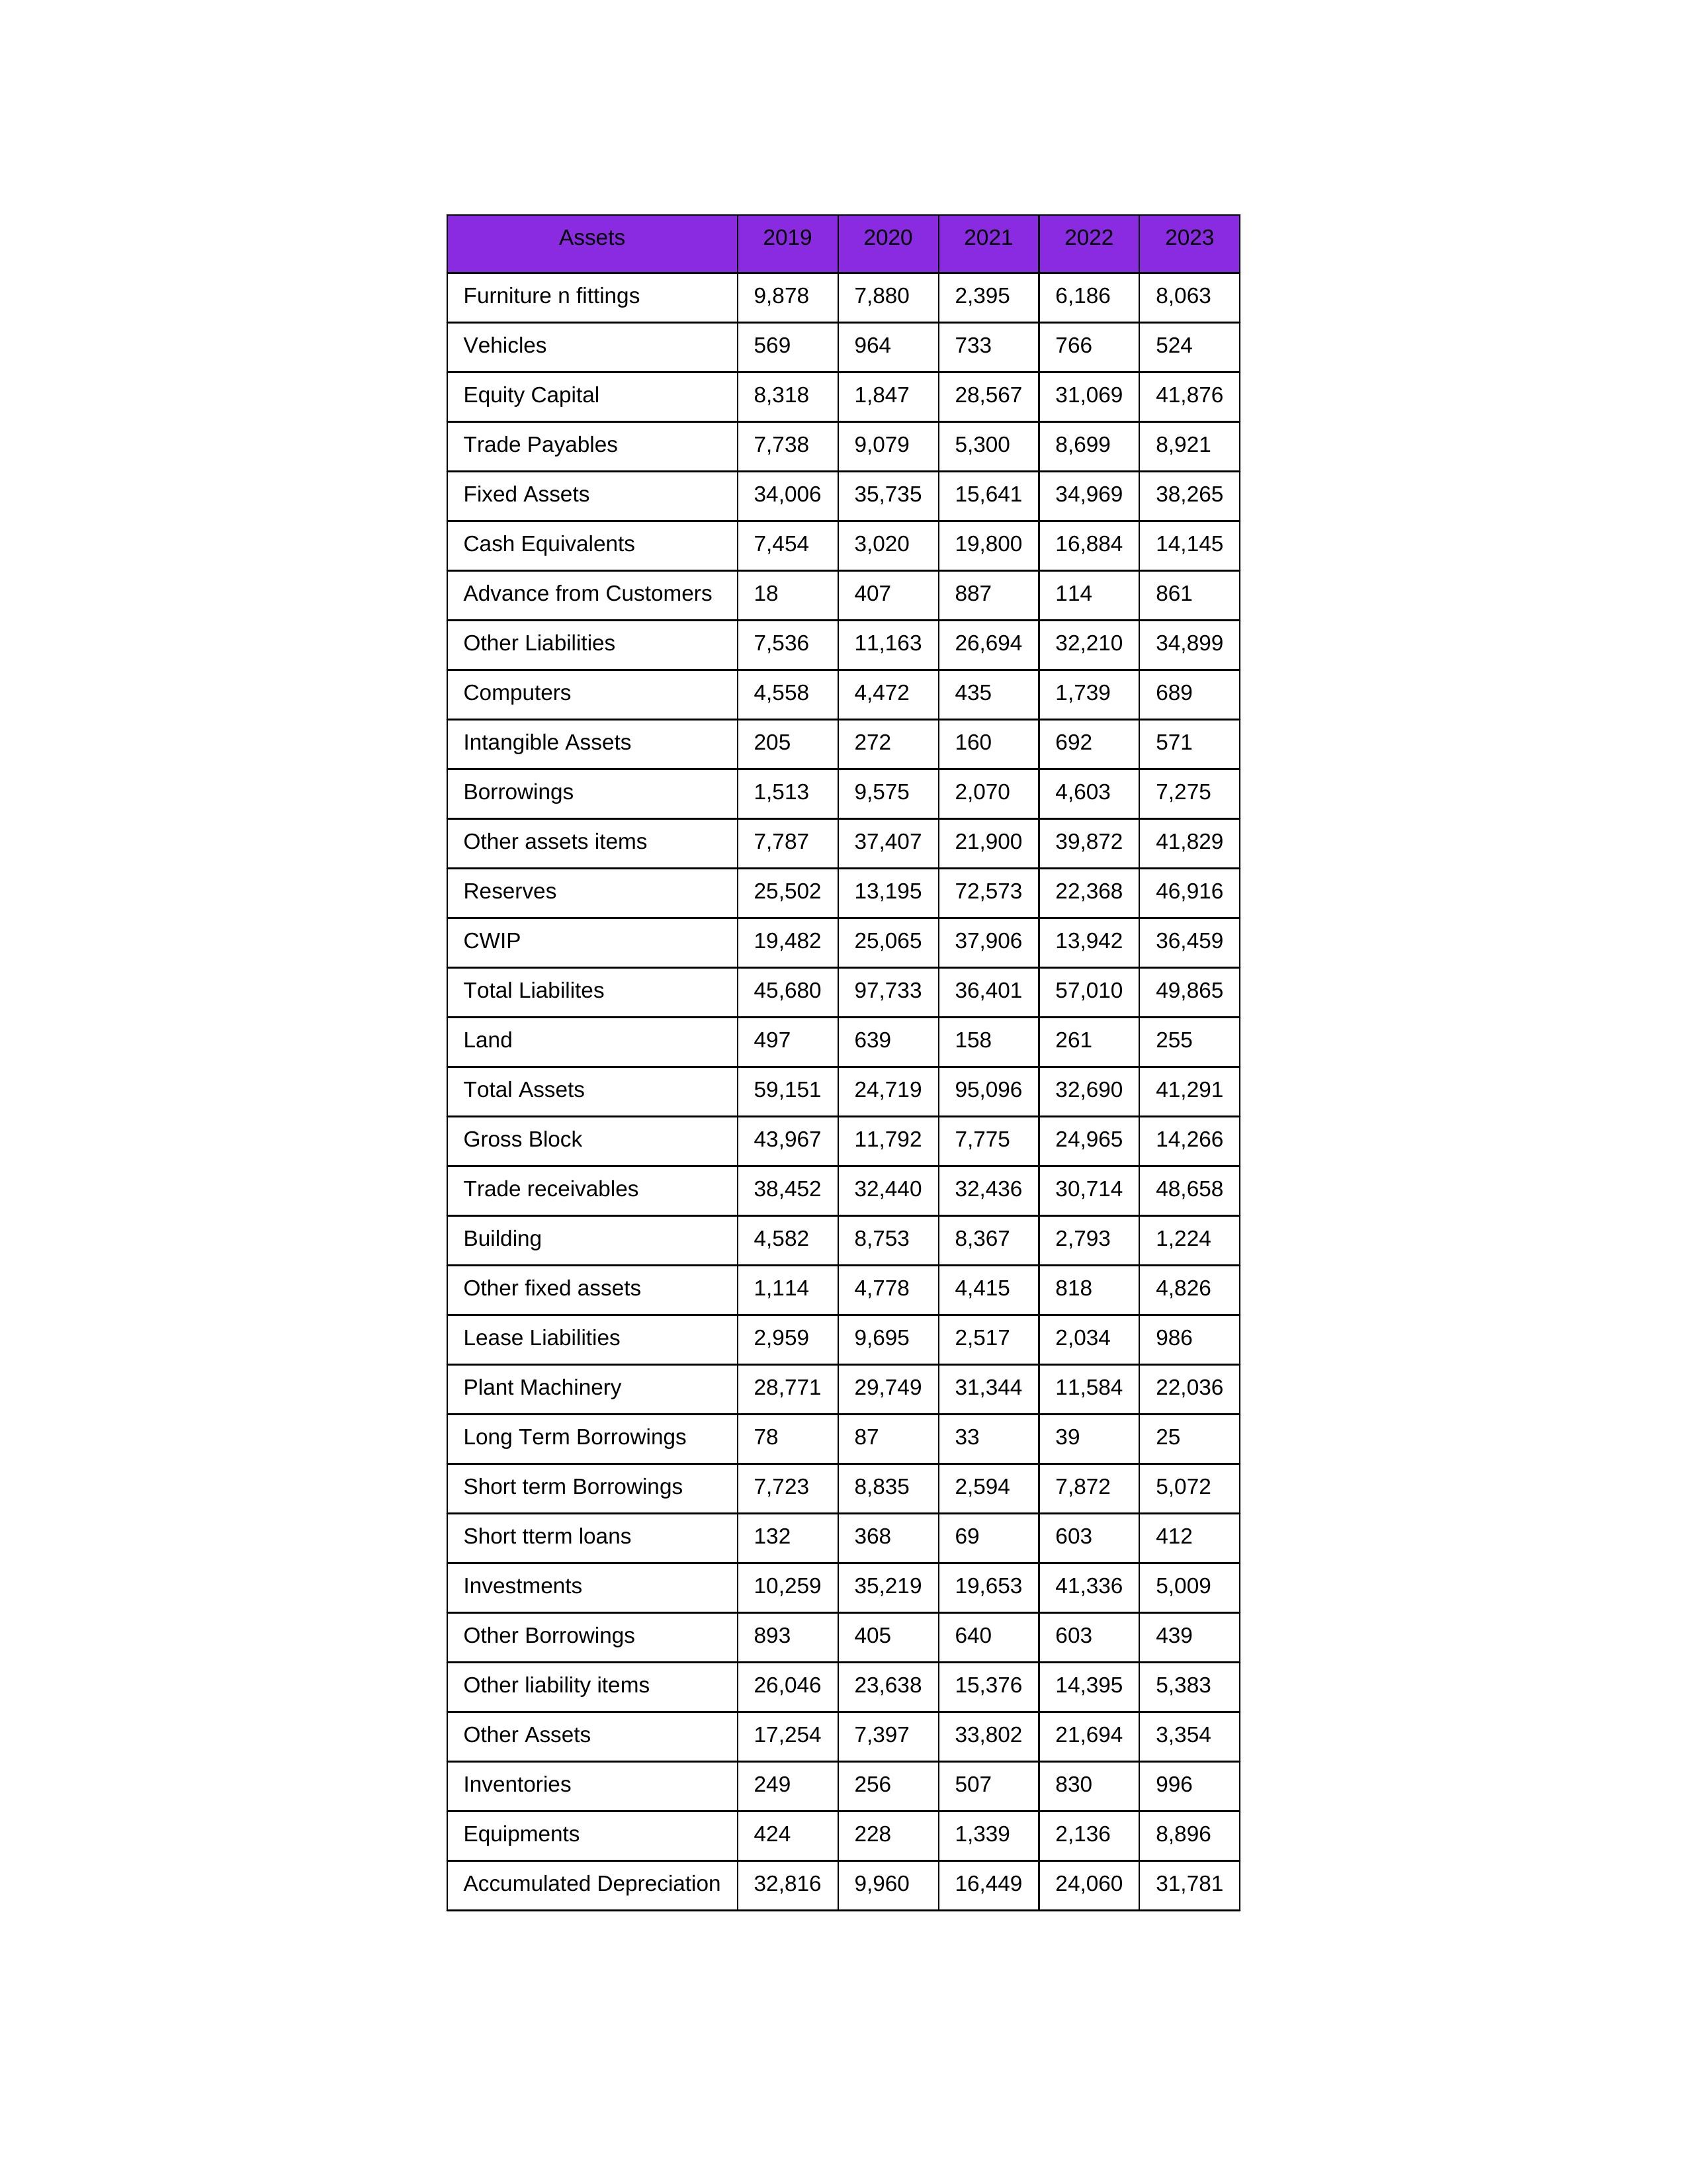
gt_parse: 2019: Equity Capital: 8,318
Reserves: 25,502
Borrowings: 1,513
Long Term Borrowings: 78
Short term Borrowings: 7,723
Lease Liabilities: 2,959
Other Borrowings: 893
Other Liabilities: 7,536
Trade Payables: 7,738
Advance from Customers: 18
Other liability items: 26,046
Total Liabilites: 45,680
Fixed Assets: 34,006
Land: 497
Building: 4,582
Plant Machinery: 28,771
Equipments: 424
Computers: 4,558
Furniture n fittings: 9,878
Vehicles: 569
Intangible Assets: 205
Other fixed assets: 1,114
Gross Block: 43,967
Accumulated Depreciation: 32,816
CWIP: 19,482
Investments: 10,259
Other Assets: 17,254
Inventories: 249
Trade receivables: 38,452
Cash Equivalents: 7,454
Short tterm loans: 132
Other assets items: 7,787
Total Assets: 59,151
2020: Equity Capital: 1,847
Reserves: 13,195
Borrowings: 9,575
Long Term Borrowings: 87
Short term Borrowings: 8,835
Lease Liabilities: 9,695
Other Borrowings: 405
Other Liabilities: 11,163
Trade Payables: 9,079
Advance from Customers: 407
Other liability items: 23,638
Total Liabilites: 97,733
Fixed Assets: 35,735
Land: 639
Building: 8,753
Plant Machinery: 29,749
Equipments: 228
Computers: 4,472
Furniture n fittings: 7,880
Vehicles: 964
Intangible Assets: 272
Other fixed assets: 4,778
Gross Block: 11,792
Accumulated Depreciation: 9,960
CWIP: 25,065
Investments: 35,219
Other Assets: 7,397
Inventories: 256
Trade receivables: 32,440
Cash Equivalents: 3,020
Short tterm loans: 368
Other assets items: 37,407
Total Assets: 24,719
2021: Equity Capital: 28,567
Reserves: 72,573
Borrowings: 2,070
Long Term Borrowings: 33
Short term Borrowings: 2,594
Lease Liabilities: 2,517
Other Borrowings: 640
Other Liabilities: 26,694
Trade Payables: 5,300
Advance from Customers: 887
Other liability items: 15,376
Total Liabilites: 36,401
Fixed Assets: 15,641
Land: 158
Building: 8,367
Plant Machinery: 31,344
Equipments: 1,339
Computers: 435
Furniture n fittings: 2,395
Vehicles: 733
Intangible Assets: 160
Other fixed assets: 4,415
Gross Block: 7,775
Accumulated Depreciation: 16,449
CWIP: 37,906
Investments: 19,653
Other Assets: 33,802
Inventories: 507
Trade receivables: 32,436
Cash Equivalents: 19,800
Short tterm loans: 69
Other assets items: 21,900
Total Assets: 95,096
2022: Equity Capital: 31,069
Reserves: 22,368
Borrowings: 4,603
Long Term Borrowings: 39
Short term Borrowings: 7,872
Lease Liabilities: 2,034
Other Borrowings: 603
Other Liabilities: 32,210
Trade Payables: 8,699
Advance from Customers: 114
Other liability items: 14,395
Total Liabilites: 57,010
Fixed Assets: 34,969
Land: 261
Building: 2,793
Plant Machinery: 11,584
Equipments: 2,136
Computers: 1,739
Furniture n fittings: 6,186
Vehicles: 766
Intangible Assets: 692
Other fixed assets: 818
Gross Block: 24,965
Accumulated Depreciation: 24,060
CWIP: 13,942
Investments: 41,336
Other Assets: 21,694
Inventories: 830
Trade receivables: 30,714
Cash Equivalents: 16,884
Short tterm loans: 603
Other assets items: 39,872
Total Assets: 32,690
2023: Equity Capital: 41,876
Reserves: 46,916
Borrowings: 7,275
Long Term Borrowings: 25
Short term Borrowings: 5,072
Lease Liabilities: 986
Other Borrowings: 439
Other Liabilities: 34,899
Trade Payables: 8,921
Advance from Customers: 861
Other liability items: 5,383
Total Liabilites: 49,865
Fixed Assets: 38,265
Land: 255
Building: 1,224
Plant Machinery: 22,036
Equipments: 8,896
Computers: 689
Furniture n fittings: 8,063
Vehicles: 524
Intangible Assets: 571
Other fixed assets: 4,826
Gross Block: 14,266
Accumulated Depreciation: 31,781
CWIP: 36,459
Investments: 5,009
Other Assets: 3,354
Inventories: 996
Trade receivables: 48,658
Cash Equivalents: 14,145
Short tterm loans: 412
Other assets items: 41,829
Total Assets: 41,291